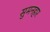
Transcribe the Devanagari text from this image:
सुमनहार